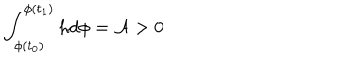
\int _ { \phi ( t _ { 0 } ) } ^ { \phi ( t _ { 1 } ) } h d \phi = { \cal A } > 0